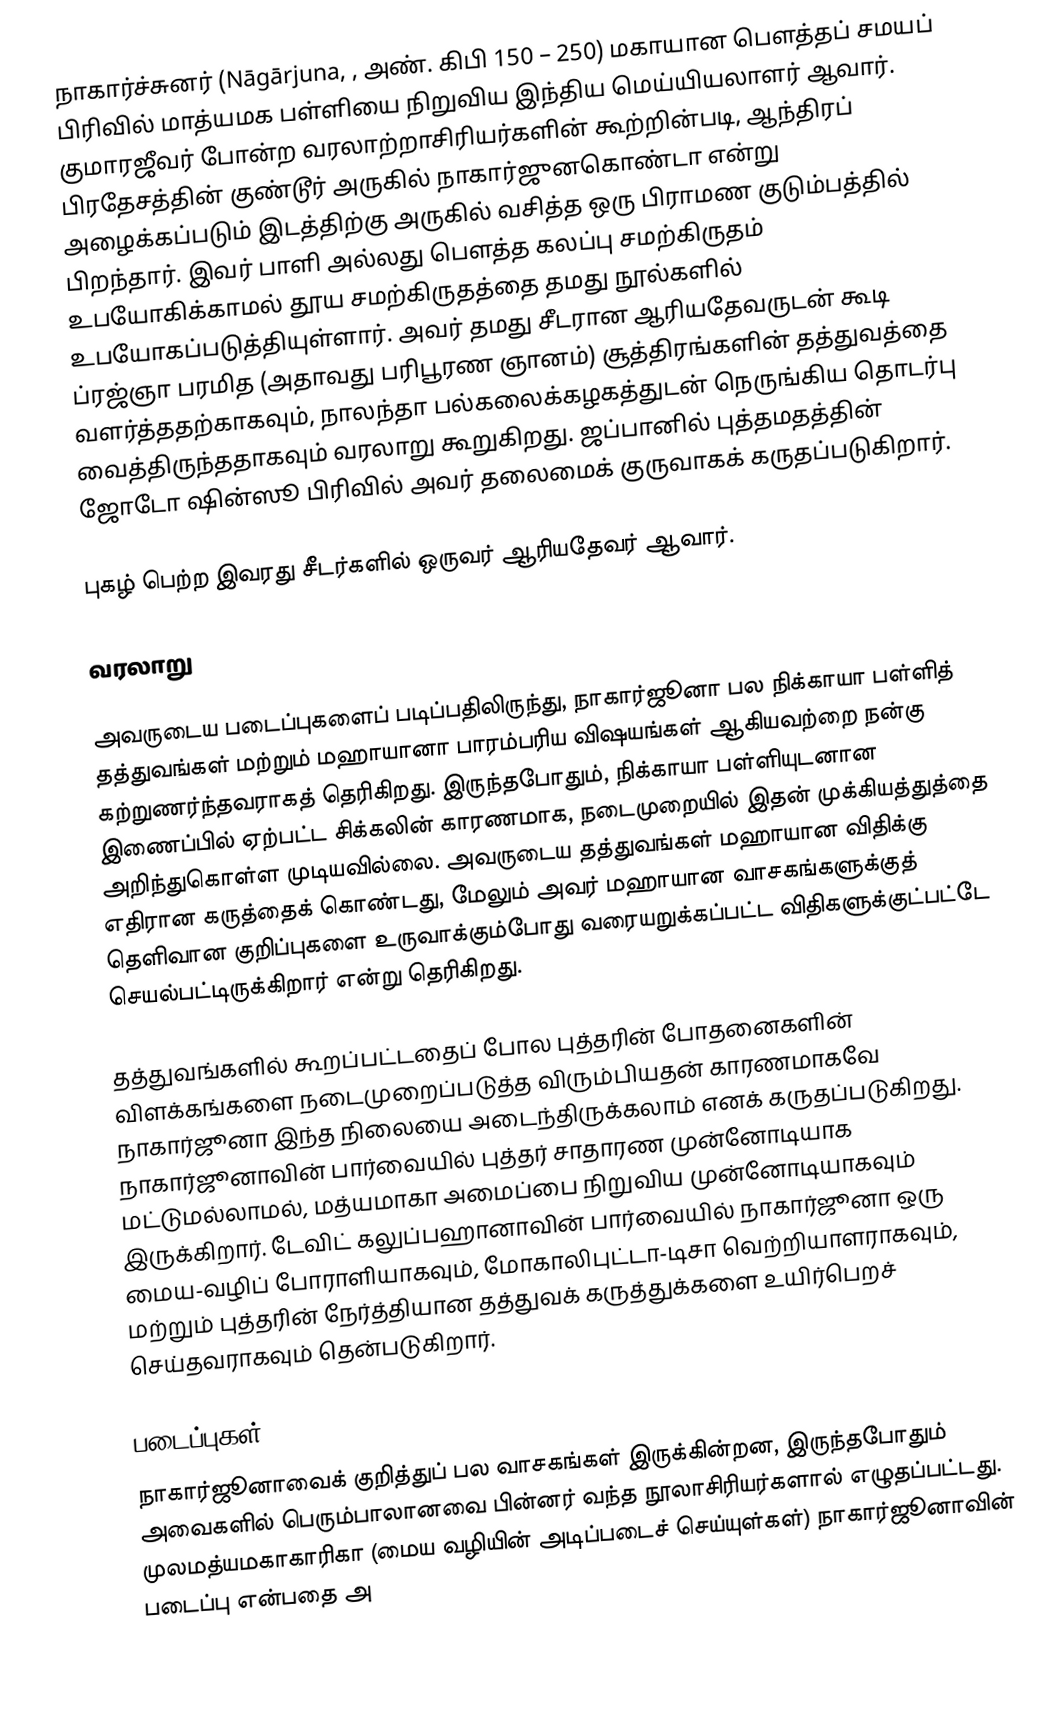
நாகார்ச்சுனர் (Nāgārjuna, , அண். கிபி 150 – 250) மகாயான பௌத்தப் சமயப் பிரிவில் மாத்யமக பள்ளியை நிறுவிய இந்திய மெய்யியலாளர் ஆவார். குமாரஜீவர் போன்ற வரலாற்றாசிரியர்களின் கூற்றின்படி, ஆந்திரப் பிரதேசத்தின்  குண்டூர் அருகில் நாகார்ஜுனகொண்டா  என்று அழைக்கப்படும் இடத்திற்கு அருகில் வசித்த ஒரு பிராமண குடும்பத்தில் பிறந்தார். இவர் பாளி அல்லது பௌத்த கலப்பு சமற்கிருதம் உபயோகிக்காமல் தூய சமற்கிருதத்தை தமது நூல்களில் உபயோகப்படுத்தியுள்ளார். அவர் தமது சீடரான ஆரியதேவருடன் கூடி ப்ரஜ்ஞா பரமித (அதாவது பரிபூரண ஞானம்) சூத்திரங்களின் தத்துவத்தை வளர்த்ததற்காகவும், நாலந்தா பல்கலைக்கழகத்துடன் நெருங்கிய தொடர்பு வைத்திருந்ததாகவும் வரலாறு கூறுகிறது. ஜப்பானில் புத்தமதத்தின் ஜோடோ ஷின்ஸூ பிரிவில் அவர் தலைமைக் குருவாகக் கருதப்படுகிறார்.

புகழ் பெற்ற இவரது சீடர்களில் ஒருவர் ஆரியதேவர் ஆவார்.

வரலாறு

அவருடைய படைப்புகளைப் படிப்பதிலிருந்து, நாகார்ஜூனா பல நிக்காயா பள்ளித் தத்துவங்கள் மற்றும் மஹாயானா பாரம்பரிய விஷயங்கள் ஆகியவற்றை நன்கு கற்றுணர்ந்தவராகத் தெரிகிறது. இருந்தபோதும், நிக்காயா பள்ளியுடனான இணைப்பில் ஏற்பட்ட சிக்கலின் காரணமாக, நடைமுறையில் இதன் முக்கியத்துத்தை அறிந்துகொள்ள முடியவில்லை. அவருடைய தத்துவங்கள் மஹாயான விதிக்கு எதிரான கருத்தைக் கொண்டது, மேலும் அவர் மஹாயான வாசகங்களுக்குத் தெளிவான குறிப்புகளை உருவாக்கும்போது வரையறுக்கப்பட்ட விதிகளுக்குட்பட்டே செயல்பட்டிருக்கிறார் என்று தெரிகிறது.

தத்துவங்களில் கூறப்பட்டதைப் போல புத்தரின் போதனைகளின் விளக்கங்களை நடைமுறைப்படுத்த விரும்பியதன் காரணமாகவே நாகார்ஜூனா இந்த நிலையை அடைந்திருக்கலாம் எனக் கருதப்படுகிறது. நாகார்ஜூனாவின் பார்வையில் புத்தர் சாதாரண முன்னோடியாக மட்டுமல்லாமல், மத்யமாகா அமைப்பை நிறுவிய முன்னோடியாகவும் இருக்கிறார். டேவிட் கலுப்பஹானாவின் பார்வையில் நாகார்ஜூனா ஒரு மைய-வழிப் போராளியாகவும், மோகாலிபுட்டா-டிசா வெற்றியாளராகவும், மற்றும் புத்தரின் நேர்த்தியான தத்துவக் கருத்துக்களை உயிர்பெறச் செய்தவராகவும் தென்படுகிறார்.

படைப்புகள்
நாகார்ஜூனாவைக் குறித்துப் பல வாசகங்கள் இருக்கின்றன, இருந்தபோதும் அவைகளில் பெரும்பாலானவை பின்னர் வந்த நூலாசிரியர்களால் எழுதப்பட்டது. முலமத்யமகாகாரிகா (மைய வழியின் அடிப்படைச் செய்யுள்கள்) நாகார்ஜூனாவின் படைப்பு என்பதை அ